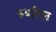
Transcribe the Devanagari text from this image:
स्यरिल